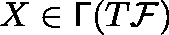
X \in \mathsf { \Gamma } ( T { \mathcal F } )